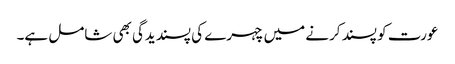
عورت کو پسند کرنے میں چہرے کی پسندیدگی بھی شامل ہے۔